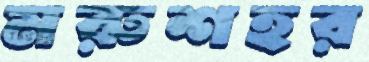
মরুশহর